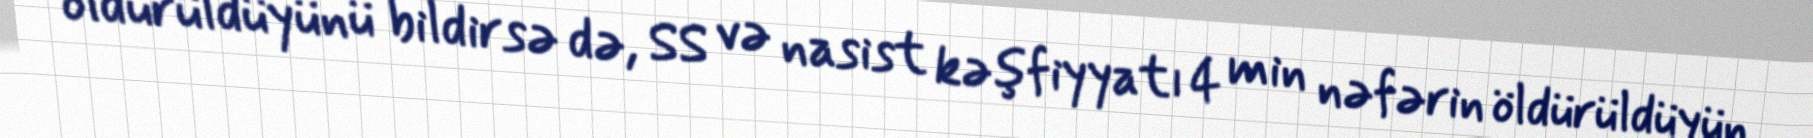
öldürüldüyünü bildirsə də, SS və nasist kəşfiyyatı 4 min nəfərin öldürüldüyün